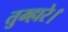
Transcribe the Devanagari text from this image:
तुम्हारे।